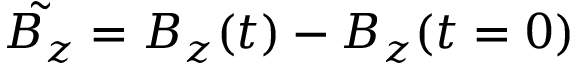
\tilde { B _ { z } } = B _ { z } ( t ) - B _ { z } ( t = 0 )